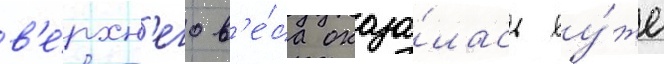
в'е́рхн'его в'е́са оказа́лась ху́же